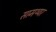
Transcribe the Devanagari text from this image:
सामथ्यर